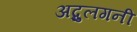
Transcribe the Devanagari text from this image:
अब्दुलगनी